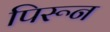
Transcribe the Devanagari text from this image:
पिरून